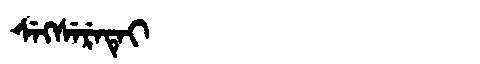
Manchu: ᠰᡝᡴᠰᡝᡵᡝᡨᡝᡳ
Romanization: SEKSERETEI